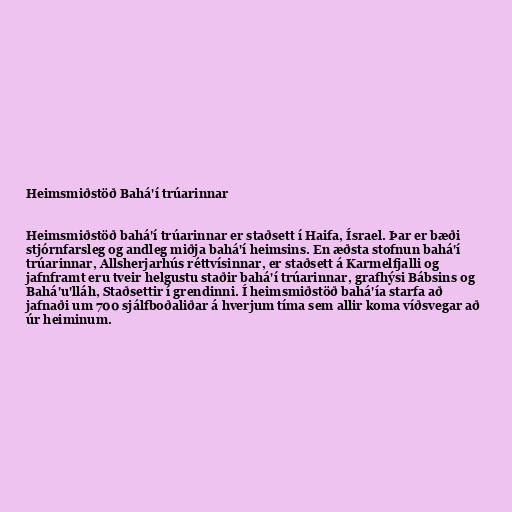
Heimsmiðstöð Bahá'í trúarinnar

Heimsmiðstöð bahá'í trúarinnar er staðsett í Haifa, Ísrael. Þar er bæði
stjórnfarsleg og andleg miðja bahá'í heimsins. En æðsta stofnun bahá'í
trúarinnar, Allsherjarhús réttvísinnar, er staðsett á Karmelfjalli og
jafnframt eru tveir helgustu staðir bahá'í trúarinnar, grafhýsi Bábsins og
Bahá'u'lláh, Staðsettir í grendinni. Í heimsmiðstöð bahá'ía starfa að
jafnaði um 700 sjálfboðaliðar á hverjum tíma sem allir koma víðsvegar að
úr heiminum.